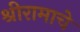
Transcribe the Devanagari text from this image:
श्रीरामाचे